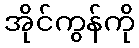
အိုင်ကွန်ကို